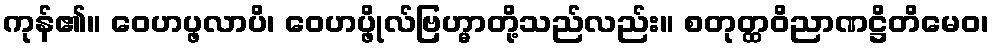
ကုန်၏။ ဝေဟပ္ဖလာပိ၊ ဝေဟပ္ဖိုလ်ဗြဟ္မာတို့သည်လည်း။ စတုတ္ထဝိညာဏဋ္ဌိတိမေဝ၊